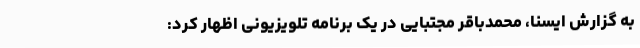
به گزارش ایسنا، محمدباقر مجتبایی در یک برنامه تلویزیونی اظهار کرد: